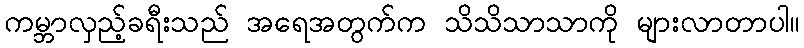
ကမ္ဘာလှည့်ခရီးသည် အရေအတွက်က သိသိသာသာကို များလာတာပါ။